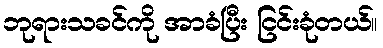
ဘုရားသခင်ကို အာခံပြီး ငြင်းခုံတယ်။